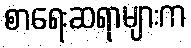
စာရေးဆရာများက